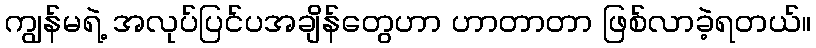
ကျွန်မရဲ့ အလုပ်ပြင်ပအချိန်တွေဟာ ဟာတာတာ ဖြစ်လာခဲ့ရတယ်။